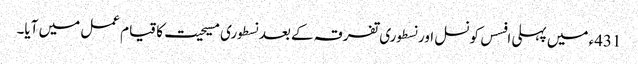
431ء میں پہلی افسس کونسل اور نسطوری تفرقہ کے بعد نسطوری مسیحیت کا قیام عمل میں آیا۔